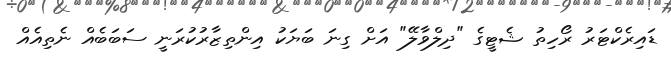
ޑައިރެކްޓަރު ރޯހިތު ޝެޓީގެ "ދިލްވާލޭ" އަށް ގިނަ ބަޔަކު އިންތިޒާރުކުރަނީ ސަބަބެއް ނެތިއެއް